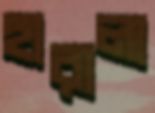
হারালা